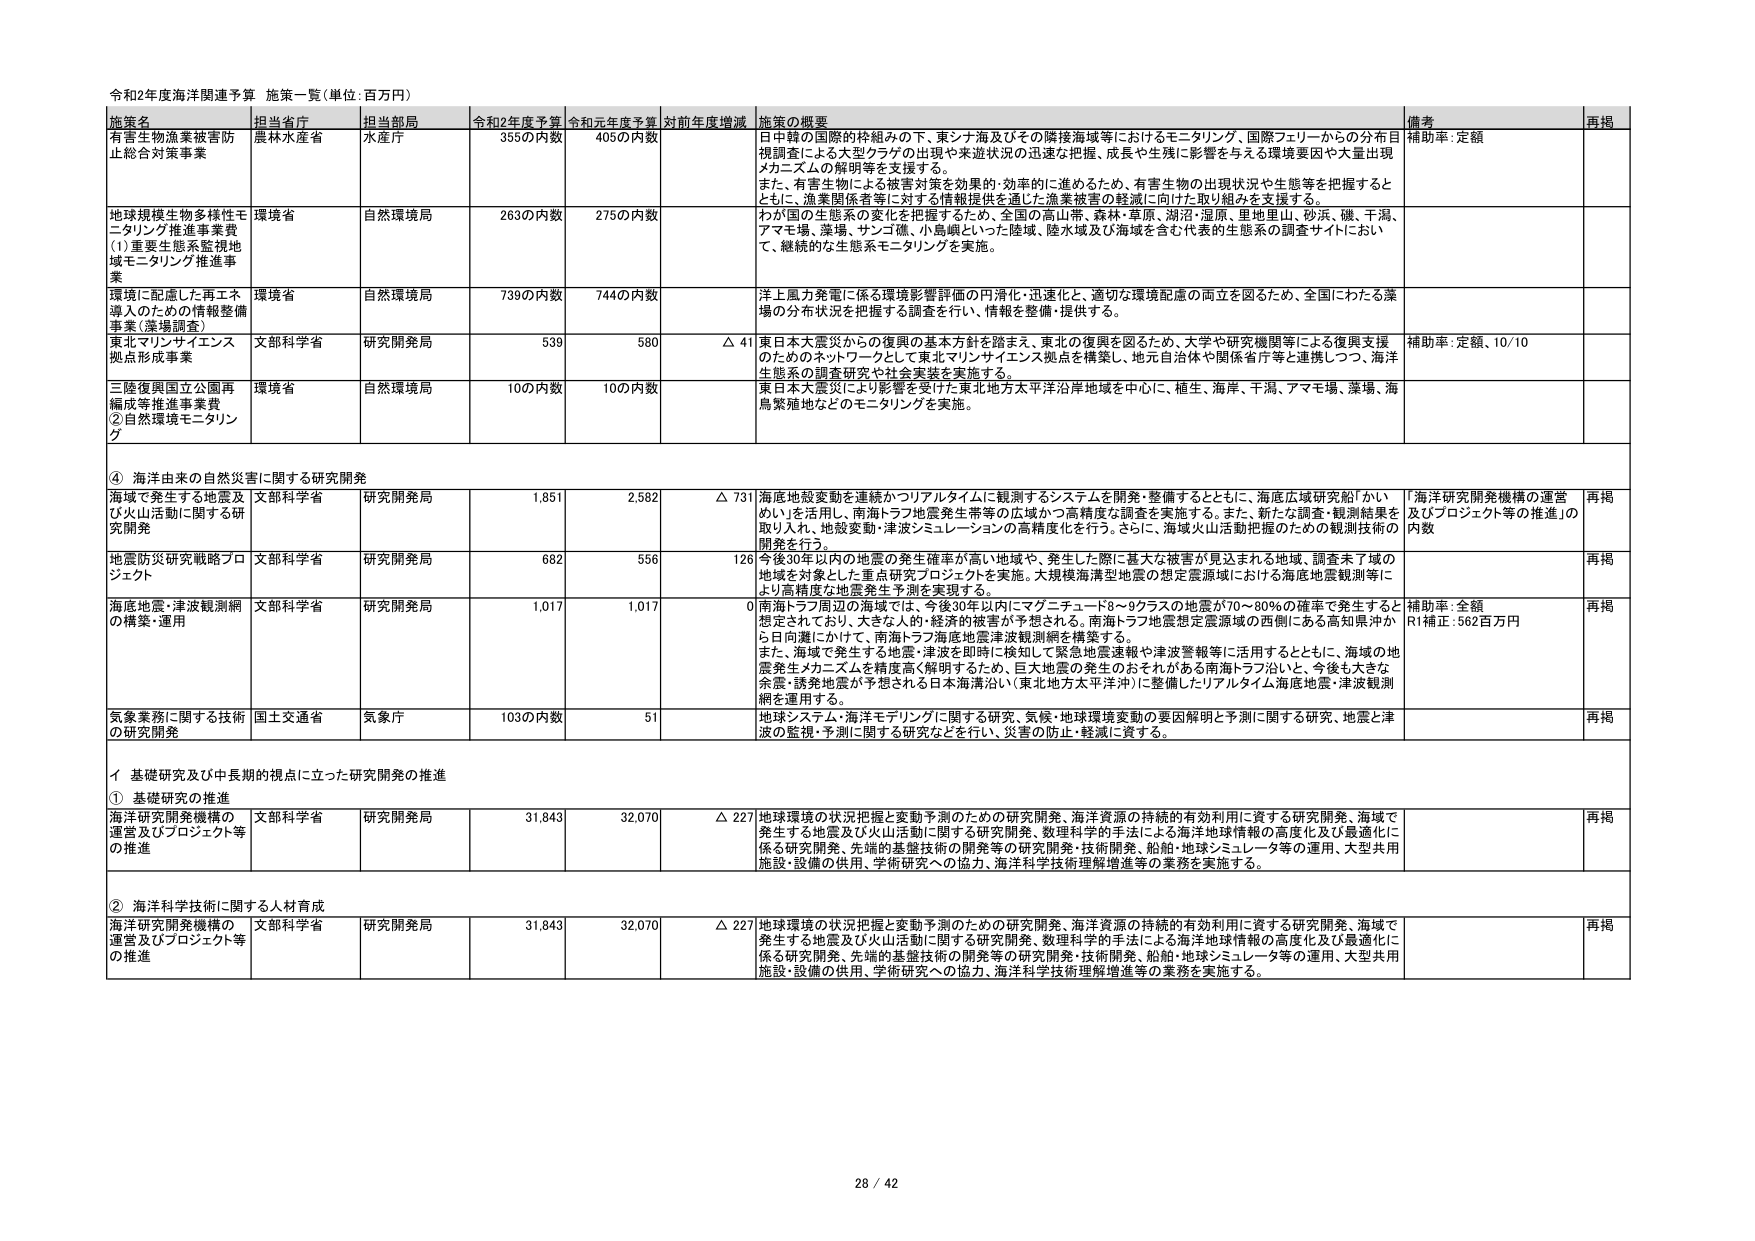
令和2年度海洋関連予算 施策一覧（単位：百万円）

施策名 担当省庁 担当部局 令和2年度予算 令和元年度予算 対前年度増減 施策の概要 備考 再掲

有害生物漁業被害防止総合対策事業 農林水産省 水産庁 355の内数 405の内数 日中韓の国際的枠組みの下、東シナ海及びその隣接海域等におけるモニタリング、国際フォーラムからの分布目視調査による大型クラゲの出現や来遊状況の迅速な把握、成長や生残に影響を与える環境要因や大量出現メカニズムの解明等を支援する。また、有害生物による被害対策を効果的・効率的に進めるため、有害生物の出現状況や生態等を把握するとともに、漁業関係者等に対する情報提供を通じた漁業被害の軽減に向けた取り組みを支援する。 補助率・定額

地球規模生物多様性モニタリング推進事業費 （1）重要生態系監視地域モニタリング推進事業 環境省 自然環境局 263の内数 275の内数 わが国の生態系の変化を把握するため、全国の高山帯、森林・草原、湖沼・湿原、里地里山、砂浜、磯、干潟、アマモ場、藻場、サンゴ礁、小島嶼といった陸域、陸水域及び海域を含む代表的生態系の調査サイトにおいて、継続的な生態系モニタリングを実施。

環境に配慮した再生エネルギーのための情報整備事業（藻類調査） 環境省 自然環境局 739の内数 744の内数 洋上風力発電に係る環境影響評価の円滑化・迅速化と、適切な環境配慮の両立を図るため、全国にわたる藻場の分布状況を把握する調査を行い、情報を整備・提供する。

東北マリンサイエンス拠点形成事業 文部科学省 研究開発局 539 580 △ 41 東日本大震災からの復興の基本方針を踏まえ、東北の復興を図るため、大学や研究機関等による復興支援のためのネットワークとして東北マリンサイエンス拠点を構築し、地元自治体や関係省庁等と連携しつつ、海洋生態系の調査研究や社会実装を実施する。 補助率・定額、10/10

三陸復興国立公園再編成等推進事業費 ②自然環境モニタリング 環境省 自然環境局 100の内数 100の内数 東日本大震災により影響を受けた東北地方太平洋沿岸地域を中心に、植生、海岸、干潟、アマモ場、藻場、海鳥繁殖地などのモニタリングを実施。

④ 海洋由来の自然災害に関する研究開発

海洋で発生する地震及び火山活動に関する研究開発 文部科学省 研究開発局 1,851 2,582 △ 731 海底地殻変動を連続かつリアルタイムに観測するシステムを開発・整備するとともに、海底広域研究船「かいめい」を活用し、南海トラフ地震発生帯等の広域かつ高精度な調査を実施する。また、新たな調査・観測結果を取り入れ、地殻変動・津波シミュレーションの高精度化を行う。さらには、海域火山活動把握のための観測技術の開発を行う。 「海洋研究開発機構の運営及びプロジェクト等の推進」の内数 再掲

地震防災研究戦略プロジェクト 文部科学省 研究開発局 682 556 126 今後30年以内の地震の発生確率が高い地域や、発生した際に甚大な被害が見込まれる地域、調査未了域の地域を対象とした重点研究プロジェクトを実施。大規模海溝型地震の想定震源域における海底地震観測等により高精度な地震発生予測を実現する。 再掲

海底地震・津波観測網の構築・運用 文部科学省 研究開発局 1,017 1,017 0 南海トラフ周辺の海域では、今後30年以内にマグニチュード8～9クラスの地震が70～80％の確率で発生すると想定されており、大きな人的・経済的被害が予想される。南海トラフ地震想定震源域の西側にある高知県沖から日向灘にかけて、南海トラフ海底地震波観測網を構築する。また、海域で発生する地震・津波を即時に検知して緊急地震速報や津波警報等に活用するとともに、海域の地震発生メカニズムを精度高く解明するため、巨大地震の発生のおそれがある南海トラフ沿いと、今後も大きな余震・誘発地震が予想される日本海溝沿い（東北地方太平洋沖）に整備したリアルタイム海底地震・津波観測網を運用する。 補助率・全額 R1補正：562百万円 再掲

気象業務に関する技術の研究開発 国土交通省 気象庁 103の内数 51 地球システム・海洋モニタリングに関する研究、気候・地球環境変動の要因解明と予測に関する研究、地震と津波の監視・予測に関する研究などを行い、災害の防止・軽減に資する。 再掲

イ 基礎研究及び中長期的視点に立った研究開発の推進

① 基礎研究の推進

海洋研究開発機構の運営及びプロジェクト等の推進 文部科学省 研究開発局 31,843 32,070 △ 227 地球環境の状況把握と変動予測のための研究開発、海洋資源の持続的有効利用に資する研究開発、海域で発生する地震及び火山活動に関する研究開発、数理科学的手法による海洋地球情報の高度化及び最適化に係る研究開発、先端的基盤技術の開発等の研究開発・技術開発、船舶・地球シミュレータ等の運用、大型共用施設・設備の供用、学術研究への協力、海洋科学技術理解増進等の業務を実施する。 再掲

② 海洋科学技術に関する人材育成

海洋研究開発機構の運営及びプロジェクト等の推進 文部科学省 研究開発局 31,843 32,070 △ 227 地球環境の状況把握と変動予測のための研究開発、海洋資源の持続的有効利用に資する研究開発、海域で発生する地震及び火山活動に関する研究開発、数理科学的手法による海洋地球情報の高度化及び最適化に係る研究開発、先端的基盤技術の開発等の研究開発・技術開発、船舶・地球シミュレータ等の運用、大型共用施設・設備の供用、学術研究への協力、海洋科学技術理解増進等の業務を実施する。 再掲

28 / 42